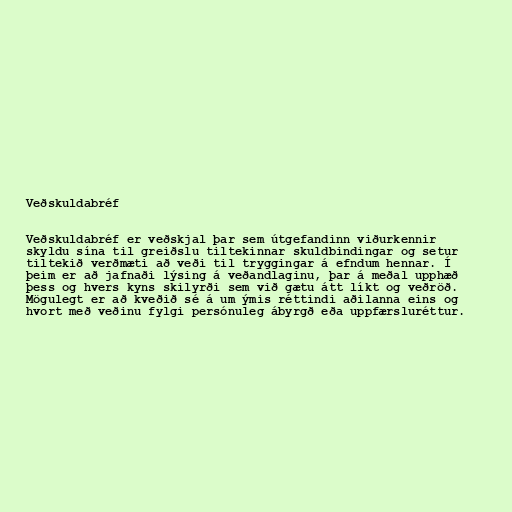
Veðskuldabréf

Veðskuldabréf er veðskjal þar sem útgefandinn viðurkennir
skyldu sína til greiðslu tiltekinnar skuldbindingar og setur
tiltekið verðmæti að veði til tryggingar á efndum hennar. Í
þeim er að jafnaði lýsing á veðandlaginu, þar á meðal upphæð
þess og hvers kyns skilyrði sem við gætu átt líkt og veðröð.
Mögulegt er að kveðið sé á um ýmis réttindi aðilanna eins og
hvort með veðinu fylgi persónuleg ábyrgð eða uppfærsluréttur.